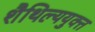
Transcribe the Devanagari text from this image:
शैथिल्ययुक्त